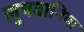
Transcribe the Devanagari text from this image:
लुथवानिया